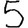
Digit: 5